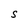
Character: S